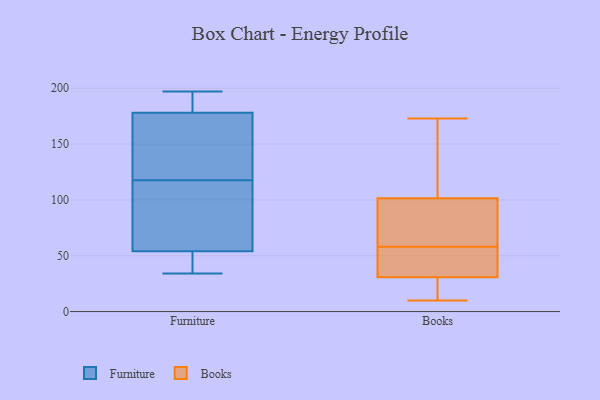
{"axis": {"x": "Gross Profit (USD K)", "y": "Value"}, "legend": ["Books", "Furniture"], "data": [{"x": "", "y": 54, "type": "Furniture"}, {"x": "", "y": 194, "type": "Furniture"}, {"x": "", "y": 90, "type": "Furniture"}, {"x": "", "y": 119, "type": "Furniture"}, {"x": "", "y": 197, "type": "Furniture"}, {"x": "", "y": 116, "type": "Furniture"}, {"x": "", "y": 147, "type": "Furniture"}, {"x": "", "y": 178, "type": "Furniture"}, {"x": "", "y": 34, "type": "Furniture"}, {"x": "", "y": 51, "type": "Furniture"}, {"x": "", "y": 25, "type": "Books"}, {"x": "", "y": 162, "type": "Books"}, {"x": "", "y": 49, "type": "Books"}, {"x": "", "y": 53, "type": "Books"}, {"x": "", "y": 10, "type": "Books"}, {"x": "", "y": 58, "type": "Books"}, {"x": "", "y": 42, "type": "Books"}, {"x": "", "y": 100, "type": "Books"}, {"x": "", "y": 60, "type": "Books"}, {"x": "", "y": 65, "type": "Books"}, {"x": "", "y": 127, "type": "Books"}, {"x": "", "y": 173, "type": "Books"}, {"x": "", "y": 102, "type": "Books"}, {"x": "", "y": 15, "type": "Books"}, {"x": "", "y": 27, "type": "Books"}]}